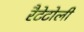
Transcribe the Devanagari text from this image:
रैटेटोली